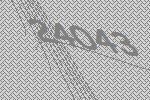
24043